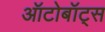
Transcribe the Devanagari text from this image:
ऑटोबॉट्स